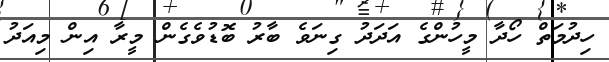
ހިދުމަތް ހޯދާ މީހުންގެ އަދަދު ގިނަވެ ބާރު ބޮޑުވެގެން މީރާ އިން މިއަދު